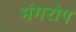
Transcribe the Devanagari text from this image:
मंगरोप